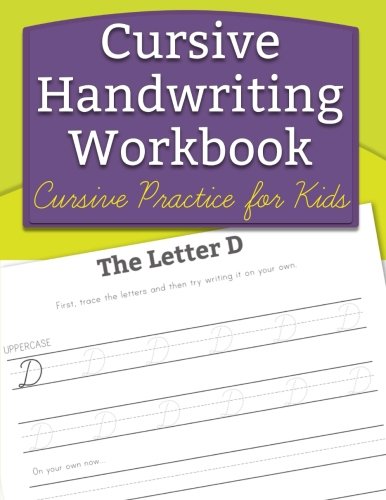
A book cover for Cursive Handwriting Workbook: Cursive Practice for Kids; Handwriting Workbooks for Kids; Reference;